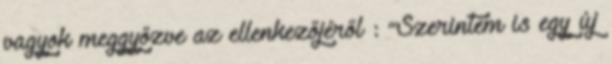
vagyok meggyőzve az ellenkezőjéről : “Szerintem is egy új